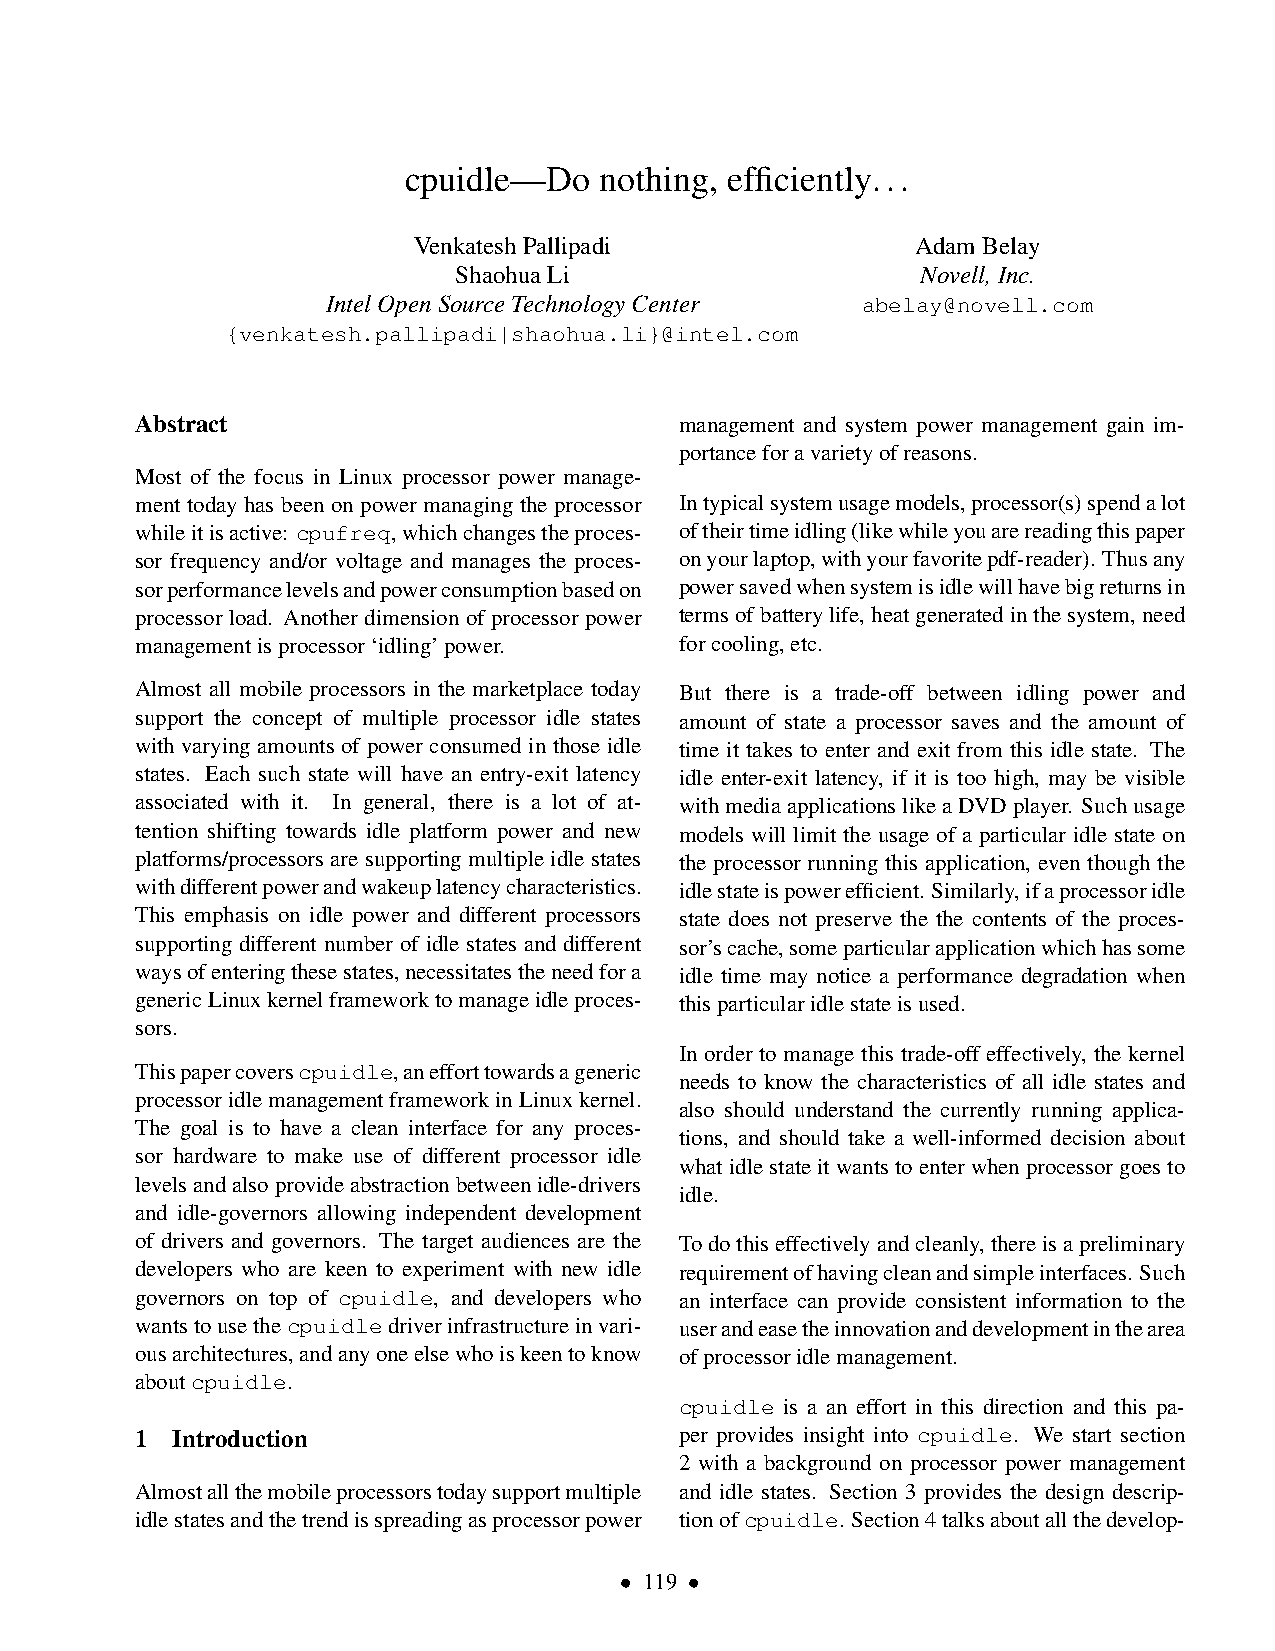
cpuidle—Do   nothing, efficiently...
 VenkateshPallipadi                AdamBelay
 ShaohuaLi                      Novell,Inc.
 IntelOpenSourceTechnologyCenter    abelay@novell.com
 {venkatesh.pallipadi|shaohua.li}@intel.com
 Abstract                            management and system power management gain im-
 portanceforavarietyofreasons.
 Most of the focus in Linux processor power manage-
 ment today has been on power managing the processor Intypicalsystemusagemodels,processor(s)spendalot
 whileitisactive: cpufreq,whichchangestheproces- oftheirtimeidling(likewhileyouarereadingthispaper
 sor frequency and/or voltage and manages the proces- onyourlaptop,withyourfavoritepdf-reader). Thusany
 sorperformancelevelsandpowerconsumptionbasedon powersavedwhensystemisidlewillhavebigreturnsin
 processor load. Another dimension of processor power termsofbatterylife,heatgeneratedinthesystem,need
 managementisprocessor‘idling’power. forcooling,etc.
 Almost all mobile processors in the marketplace today But there is a trade-off between idling power and
 support the concept of multiple processor idle states amount of state a processor saves and the amount of
 with varying amounts of power consumed in those idle time it takes to enter and exit from this idle state. The
 states. Each such state will have an entry-exit latency idle enter-exit latency, if it is too high, may be visible
 associated with it. In general, there is a lot of at- withmediaapplicationslikeaDVDplayer. Suchusage
 tention shifting towards idle platform power and new models will limit the usage of a particular idle state on
 platforms/processors are supporting multiple idle states the processor running this application, even though the
 withdifferentpowerandwakeuplatencycharacteristics. idlestateispowerefficient. Similarly,ifaprocessoridle
 This emphasis on idle power and different processors state does not preserve the the contents of the proces-
 supporting different number of idle states and different sor’scache,someparticularapplicationwhichhassome
 waysofenteringthesestates,necessitatestheneedfora idle time may notice a performance degradation when
 genericLinuxkernelframeworktomanageidleproces- thisparticularidlestateisused.
 sors.
 In order to manage this trade-off effectively, the kernel
 Thispapercoverscpuidle,anefforttowardsageneric
 needs to know the characteristics of all idle states and
 processoridlemanagementframeworkinLinuxkernel.
 also should understand the currently running applica-
 The goal is to have a clean interface for any proces-
 tions, and should take a well-informed decision about
 sor hardware to make use of different processor idle
 whatidlestateitwantstoenterwhenprocessorgoesto
 levelsandalsoprovideabstractionbetweenidle-drivers
 idle.
 and idle-governors allowing independent development
 of drivers and governors. The target audiences are the Todothiseffectivelyandcleanly,thereisapreliminary
 developers who are keen to experiment with new idle requirementofhavingcleanandsimpleinterfaces. Such
 governors on top of cpuidle, and developers who an interface can provide consistent information to the
 wantstousethecpuidledriverinfrastructureinvari- userandeasetheinnovationanddevelopmentinthearea
 ousarchitectures,andanyoneelsewhoiskeentoknow ofprocessoridlemanagement.
 aboutcpuidle.
 cpuidle is a an effort in this direction and this pa-
 1 Introduction                      per provides insight into cpuidle. We start section
 2 with a background on processor power management
 Almostallthemobileprocessorstodaysupportmultiple and idle states. Section 3 provides the design descrip-
 idlestatesandthetrendisspreadingasprocessorpower tionofcpuidle. Section4talksaboutallthedevelop-
 • 119 •